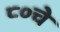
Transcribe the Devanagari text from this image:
८०चे